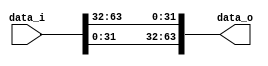
`timescale 1ns / 1ps
	 
// G Rotation | (R1, R2, R3, R4)
// constants  | (32, 24, 16, 63) 

module right_rot #(
	parameter ROT_I=32,
	parameter W=64
	)
	(
	input  [W-1:0] data_i,
	output [W-1:0] data_o
	);
	assign data_o[W-1:0] = { data_i[ROT_I-1:0], data_i[W-1:ROT_I]};
endmodule

module addder_3way #(
	parameter W=64
	)
	(
	input [W-1:0] x0_i,
	input [W-1:0] x1_i,
	input [W-1:0] x2_i,
	
	output [W-1:0] y_o
	);
	wire         carry;
	wire         unused_carry;
	wire [W-1:0] tmp;
	
	assign { carry , tmp } = x0_i + x1_i;
	assign { unused_carry, y_o } = x2_i + { carry , tmp };
endmodule


// Main blake2 module
// default parameter configuration is for blake2b
module blake2 #(	
	parameter NN     = 64, // output hash size in bytes, hash-512 : 64, hash-256 : 32 
	parameter NN_b   = 8'b0100_0000, // hash size in binary, hash-512 : 8'b0100_0000, hash-256 : 8'b0010_0000
	parameter NN_b_l = 8, // NN_b bit length
	parameter W      = 64, 
	parameter LL_b   = { {(W*2)-8{1'b0}}, 8'b10000000},
	parameter F_b    = 1'b1, // final block flag
	parameter R1     = 32, // rotation bits, used in G
	parameter R2     = 24,
	parameter R3     = 16,
	parameter R4     = 63,
	parameter R      = 4'd12 // 4'b1100 number of rounds in v srambling
	)
	(
	input               clk,
	input               nreset,
	
	input               valid_i,	
	input [(W*16)-1:0]  d_i,
	
	output              valid_o,
	output [(W*8) -1:0] h_o
	);
	 
	reg  [3:0] fsm_q;
	wire [3:0] fsm_next;
	wire       fsm_en;
	wire       v_en;
	wire       final_round;
	
	wire [W-1:0] db_h[7:0];

	wire [W-1:0] v_init[15:0];
	wire [W-1:0] v_init_2[15:0];
	wire [W-1:0] v_next[15:0];
	wire [W-1:0] v_current[15:0];
	reg  [W-1:0] v_q[15:0];
	wire [W-1:0] v_p0[15:0]; // part 0
	wire [W-1:0] v_p1[15:0]; // part 1
	wire [W-1:0] v_p2[15:0]; // part 2
	wire [W-1:0] v_p3[15:0]; // part 3
	wire [1:0]   unused_v_add_carry_p0[15:0]; // part 0
	wire [1:0]   unused_v_add_carry_p1[15:0]; // part 1
	wire [1:0]   unused_v_add_carry_p2[15:0]; // part 2
	wire [1:0]   unused_v_add_carry_p3[15:0]; // part 3
	
	reg  [W-1:0] m_q[15:0]; // stay the same for the entire periode 
	wire [W-1:0] m_current[15:0];
	wire [W-1:0] m_prime[15:0]; // m[s[i]]
		 
	wire [W-1:0] IV[0:7];
	wire [W-1:0] h_init[0:7];
	wire [63:0]  SIGMA[9:0];
	wire [3:0]   sigma_sel;
	wire [63:0]  sigma_row; // currently selected sigma row
	wire [3:0]   sigma_row_elems[15:0]; // currently selected sigma row
	
	assign SIGMA[0] = { 4'd15 , 4'd14, 4'd13, 4'd12, 4'd11, 4'd10, 4'd9,  4'd8,  4'd7,  4'd6,  4'd5,   4'd4,   4'd3,  4'd2,  4'd1,  4'd0 };
	assign SIGMA[1] = { 4'd3  , 4'd5,  4'd7,  4'd11, 4'd2,  4'd0,  4'd12, 4'd1,  4'd6,  4'd13, 4'd15,  4'd9,   4'd8,  4'd4,  4'd10, 4'd14};
	assign SIGMA[2] = { 4'd4  , 4'd9,  4'd1,  4'd7,  4'd6,  4'd3,  4'd14, 4'd10, 4'd13, 4'd15, 4'd2,   4'd5,   4'd0,  4'd12, 4'd8,  4'd11};
	assign SIGMA[3] = { 4'd8  , 4'd15, 4'd0,  4'd4,  4'd10, 4'd5,  4'd6,  4'd2,  4'd14, 4'd11, 4'd12,  4'd13,  4'd1,  4'd3,  4'd9,  4'd7 };
	assign SIGMA[4] = { 4'd13 , 4'd3,  4'd8,  4'd6,  4'd12, 4'd11, 4'd1,  4'd14, 4'd15, 4'd10, 4'd4,   4'd2,   4'd7,  4'd5,  4'd0,  4'd9 };
	assign SIGMA[5] = { 4'd9  , 4'd1,  4'd14, 4'd15, 4'd5,  4'd7,  4'd13, 4'd4,  4'd3,  4'd8,  4'd11,  4'd0,   4'd10, 4'd6,  4'd12, 4'd2 };
	assign SIGMA[6] = { 4'd11 , 4'd8,  4'd2,  4'd9,  4'd3,  4'd6,  4'd7,  4'd0,  4'd10, 4'd4,  4'd13,  4'd14,  4'd15, 4'd1,  4'd5,  4'd12};
	assign SIGMA[7] = { 4'd10 , 4'd2,  4'd6,  4'd8,  4'd4,  4'd15, 4'd0,  4'd5,  4'd9,  4'd3,  4'd1,   4'd12,  4'd14, 4'd7,  4'd11, 4'd13};
	assign SIGMA[8] = { 4'd5  , 4'd10, 4'd4,  4'd1,  4'd7,  4'd13, 4'd2,  4'd12, 4'd8,  4'd0,  4'd3,   4'd11,  4'd9,  4'd14, 4'd15, 4'd6 };
	assign SIGMA[9] = { 4'd0  , 4'd13, 4'd12, 4'd3,  4'd14, 4'd9,  4'd11, 4'd15, 4'd5,  4'd1,  4'd6,   4'd7,   4'd4,  4'd8,  4'd2,  4'd10};
	       				 
	assign IV[0] = 64'h6A09E667F3BCC908;
	assign IV[1] = 64'hBB67AE8584CAA73B;
	assign IV[2] = 64'h3C6EF372FE94F82B;
	assign IV[3] = 64'hA54FF53A5F1D36F1;
	assign IV[4] = 64'h510E527FADE682D1;
	assign IV[5] = 64'h9B05688C2B3E6C1F;
	assign IV[6] = 64'h1F83D9ABFB41BD6B;
	assign IV[7] = 64'h5BE0CD19137E2179;
	
	// Initialize h init
	genvar h_idx;
	generate
	       	// h[1..7] := IV[1..7] // Initialization Vector.
	        for(h_idx=1; h_idx<8; h_idx=h_idx+1) begin : loop_h_init
	       		assign h_init[h_idx] = IV[h_idx];
	       end
	endgenerate
	// Parameter block p[0]
	// h[0] := h[0] ^ 0x01010000 ^ (kk << 8) ^ nn
	assign h_init[0] = IV[0] ^ {{W-32{1'b0}},32'h01010000} ^ {{W-NN_b_l{1'b0}} , NN_b};
	
	
	// Initialize local work vector v[0..15]
	// v[0..7]  := h[0..7]              // First half from state.
	// v[8..15] := IV[0..7]            // Second half from IV.
	genvar v_init_i;
	generate
		for(v_init_i=0;v_init_i<8;v_init_i=v_init_i+1) begin : loop_v_init
			 assign v_init[v_init_i]   = h_init[v_init_i];
			 assign v_init[v_init_i+8] = IV[v_init_i];
			 assign db_h[v_init_i]     = h_init[v_init_i];
		end
	 endgenerate
//       |   v[12] := v[12] ^ (t mod 2**w)   // Low word of the offset.
//       |   v[13] := v[13] ^ (t >> w)       // High word.
//       |   IF f = TRUE THEN                // last block flag?
//       |   |   v[14] := v[14] ^ 0xFF..FF   // Invert all bits.
//       |   END IF.
	assign v_init_2[15] = v_init[15];
//	assign v_init_2[14] = v_init[14] ^ {W{F_b}};
	assign v_init_2[14] = v_init[14] ^ {W{1'b1}};
	assign v_init_2[13] = v_init[13] ^ LL_b[2*W-1:W];// High word of the offset
	assign v_init_2[12] = v_init[12] ^ LL_b[W-1:0]; // Low word of the offset
	genvar v_init_2_i;
	generate
		for(v_init_2_i=0;v_init_2_i<12; v_init_2_i=v_init_2_i+1) begin : loop_v_init_2_i
			assign v_init_2[v_init_2_i] = v_init[v_init_2_i];
		end
	endgenerate
	

        // do 12 rounds
	genvar v_idx;
	generate
		for(v_idx = 0; v_idx<16; v_idx=v_idx+1 ) begin : loop_v_idx
			assign v_current[v_idx] = valid_i ? v_init_2[v_idx] : v_q[v_idx];
				
			assign v_next[v_idx] = v_p3[v_idx];
			always @(posedge clk) 
			begin
				if ( v_en )
					v_q[v_idx] <= v_next[v_idx];
			end
		end
	endgenerate
	// TODO : modify list block flag
	//
	// modulo can only be done with a power of 2 on the right hand side
	// 10 : 01010, 11 : 01011, 12 : 01100
	//      00000,      00001       00010
	wire fsm_ge10;
	wire fsm_eq12;
	assign fsm_ge10 = fsm_q[3] & fsm_q[1];
	assign fsm_eq12 = fsm_q[3] & fsm_q[2];
	assign sigma_sel = fsm_ge10 ? { 3'b0 , fsm_q[0] }
						  : fsm_eq12 ? 4'b0010 : fsm_q;

	// select current sigma row
	// from rfc : "For BLAKE2b, the two extra permutations for rounds 
	// 10 and 11 are SIGMA[10..11] = SIGMA[0..1]" 
	assign sigma_row  = {64{ sigma_sel == 4'd0 }} & SIGMA[0]
			  | {64{ sigma_sel == 4'd1 }} & SIGMA[1]
			  | {64{ sigma_sel == 4'd2 }} & SIGMA[2]
			  | {64{ sigma_sel == 4'd3 }} & SIGMA[3]
			  | {64{ sigma_sel == 4'd4 }} & SIGMA[4]
			  | {64{ sigma_sel == 4'd5 }} & SIGMA[5]
			  | {64{ sigma_sel == 4'd6 }} & SIGMA[6]
			  | {64{ sigma_sel == 4'd7 }} & SIGMA[7]
			  | {64{ sigma_sel == 4'd8 }} & SIGMA[8]
			  | {64{ sigma_sel == 4'd9 }} & SIGMA[9];
	genvar j;
	generate
		for( j = 0; j < 16; j=j+1 ) begin : loop_sigma_elem
			assign sigma_row_elems[j] = sigma_row[j*4+3:j*4];
		end
	endgenerate
	
	genvar m_q_i;
	generate
		for(m_q_i=0; m_q_i<16; m_q_i=m_q_i+1 ) begin : loop_m_q_i
			// ff
			always @(posedge clk)
			begin
				if (valid_i)
					m_q[m_q_i] <= m_current[m_q_i];
			end
			// m_current ( stand in for next )
			assign m_current[m_q_i] = valid_i ? d_i[(W*m_q_i)+(W-1): W*m_q_i ] : m_q[m_q_i];
		end
	endgenerate
		
	// selecting m prime, re-ordered and indexed into by sigma_row_elems
	// this is the where this get's expensive in hw
	//
	// m_prime[i] = m[s[i]]
	genvar i;
	generate
		for ( i = 0; i < 16; i=i+1 ) begin : loop_m_prime_elem
			assign m_prime[i] = {64{ sigma_row_elems[i] == 4'd0  }} & m_current[0]
					  | {64{ sigma_row_elems[i] == 4'd1  }} & m_current[1]
					  | {64{ sigma_row_elems[i] == 4'd2  }} & m_current[2]
					  | {64{ sigma_row_elems[i] == 4'd3  }} & m_current[3]
					  | {64{ sigma_row_elems[i] == 4'd4  }} & m_current[4]
					  | {64{ sigma_row_elems[i] == 4'd5  }} & m_current[5]
					  | {64{ sigma_row_elems[i] == 4'd6  }} & m_current[6]
					  | {64{ sigma_row_elems[i] == 4'd7  }} & m_current[7]
					  | {64{ sigma_row_elems[i] == 4'd8  }} & m_current[8]
					  | {64{ sigma_row_elems[i] == 4'd9  }} & m_current[9]
					  | {64{ sigma_row_elems[i] == 4'd10 }} & m_current[10]
					  | {64{ sigma_row_elems[i] == 4'd11 }} & m_current[11]
					  | {64{ sigma_row_elems[i] == 4'd12 }} & m_current[12]
					  | {64{ sigma_row_elems[i] == 4'd13 }} & m_current[13]
					  | {64{ sigma_row_elems[i] == 4'd14 }} & m_current[14]
					  | {64{ sigma_row_elems[i] == 4'd15 }} & m_current[15]
					  ;
		end
	endgenerate
//      |   // Cryptographic mixing
//      |   FOR i = 0 TO r - 1 DO           // Ten or twelve rounds.
//      |   |
//      |   |   // Message word selection permutation for this round.
//      |   |   s[0..15] := SIGMA[i mod 10][0..15]
//      |   |
//      |   |   v := G( v, 0, 4,  8, 12, m[s[ 0]], m[s[ 1]] )
//      |   |   v := G( v, 1, 5,  9, 13, m[s[ 2]], m[s[ 3]] )
//      |   |   v := G( v, 2, 6, 10, 14, m[s[ 4]], m[s[ 5]] )
//      |   |   v := G( v, 3, 7, 11, 15, m[s[ 6]], m[s[ 7]] )
//      |   |
//      |   |   v := G( v, 0, 5, 10, 15, m[s[ 8]], m[s[ 9]] )
//      |   |   v := G( v, 1, 6, 11, 12, m[s[10]], m[s[11]] )
//      |   |   v := G( v, 2, 7,  8, 13, m[s[12]], m[s[13]] )
//      |   |   v := G( v, 3, 4,  9, 14, m[s[14]], m[s[15]] )
//      |   |
//      |   END FOR
// 
//     	FUNCTION G( v[0..15], a, b, c, d, x, y )
//      |
//      |   v[a] := (v[a] + v[b] + x) mod 2**w
//      |   v[d] := (v[d] ^ v[a]) >>> R1
//      |   v[c] := (v[c] + v[d])     mod 2**w
//      |   v[b] := (v[b] ^ v[c]) >>> R2
//      |   v[a] := (v[a] + v[b] + y) mod 2**w
//      |   v[d] := (v[d] ^ v[a]) >>> R3
//      |   v[c] := (v[c] + v[d])     mod 2**w
//      |   v[b] := (v[b] ^ v[c]) >>> R4
//      |
//      |   RETURN v[0..15]
//      |
//      END FUNCTION.

	genvar p0_idx;
// There is a constant gap between the values of a, b, c and d : 
//
//                   G( v, a, b,  c,  d,    x,     y)         p0_idx
//      |   |   v := G( v, 0, 4,  8, 12, m[s[ 0]], m[s[ 1]] ) 0
//      |   |   v := G( v, 1, 5,  9, 13, m[s[ 2]], m[s[ 3]] ) 1
//      |   |   v := G( v, 2, 6, 10, 14, m[s[ 4]], m[s[ 5]] ) 2
//      |   |   v := G( v, 3, 7, 11, 15, m[s[ 6]], m[s[ 7]] ) 3
	generate 
		for(p0_idx=0; p0_idx<4; p0_idx=p0_idx+1 ) begin : loop_g_v_part0
			localparam a = p0_idx;
			localparam b = p0_idx + 4;
			localparam c = p0_idx + 8;
			localparam d = p0_idx + 12;
			localparam x = p0_idx*2;
			localparam y = p0_idx*2+1;
			// Part 0
			// v[a] := (v[a] + v[b] + x) mod 2**w
			assign { unused_v_add_carry_p0[a], v_p0[a] }= v_current[a] + v_current[b] + m_prime[x];
			// v[d] := (v[d] ^ v[a]) >>> R1
			right_rot #(R1 , W) rot_p0_r1
			(
				.data_i((v_current[d] ^ v_p0[a])),
				.data_o(v_p0[d])
			);
			// v[c] := (v[c] + v[d])     mod 2**w
			assign { unused_v_add_carry_p0[c] , v_p0[c] } = v_current[c] + v_p0[d];
			// v[b] := (v[b] ^ v[c]) >>> R2
			right_rot #( R2, W) rot_p0_r2
			(
				.data_i((v_current[b] ^ v_p0[c])),
				.data_o(v_p0[b])
			);
			// Part 1
			// v[a] := (v[a] + v[b] + y) mod 2**w
			addder_3way add3_p0_2(
				.x0_i(v_p0[a]),
				.x1_i(v_p0[b]),
				.x2_i(m_prime[y]),
				.y_o(v_p1[a])
			);
	
			// v[d] := (v[d] ^ v[a]) >>> R3
			right_rot #(R3, W ) rot_p1_r3
			(
				.data_i((v_p0[d] ^ v_p1[a])),
				.data_o(v_p1[d])
			);
			// v[c] := (v[c] + v[d])     mod 2**w
			assign { unused_v_add_carry_p1[c], v_p1[c] } = v_p0[c] + v_p1[d];
			// v[b] := (v[b] ^ v[c]) >>> R4
			right_rot #( R4, W ) rot_p1_r4
			(
				.data_i((v_p0[b] ^ v_p1[c])),
				.data_o(v_p1[b])
			);
		end
	endgenerate
	genvar p2_idx;
	//          v, a, b, c,   d,     x   , y  
	//  v := G( v, 0, 5, 10, 15, m[s[ 8]], m[s[ 9]] )
	//  v := G( v, 1, 6, 11, 12, m[s[10]], m[s[11]] )
	//  v := G( v, 2, 7,  8, 13, m[s[12]], m[s[13]] )
	//  v := G( v, 3, 4,  9, 14, m[s[14]], m[s[15]] )
	generate 
		for(p2_idx=0; p2_idx<4; p2_idx=p2_idx+1) begin : loop_g_v_part2
			localparam a = p2_idx;
			localparam b = 4  + ((p2_idx + 1) % 4);//  5   6,  7,  4
			localparam c = 8  + ((p2_idx + 2) % 4);// 10, 11,  8,  9
			localparam d = 12 + ((p2_idx + 3) % 4);// 15, 12, 13, 14
			localparam x = (p2_idx*2) + 8; // 8, 10, 12, 14
			localparam y = (p2_idx*2) + 9; // 9, 11, 13, 15
			// Part 2
			// v[a] := (v[a] + v[b] + x) mod 2**w
			assign { unused_v_add_carry_p2[a], v_p2[a] } = v_p1[a] + v_p1[b] + m_prime[x];
			// v[d] := (v[d] ^ v[a]) >>> R1
			right_rot #(R1 , W) rot_p2_r1
			(
				.data_i((v_p1[d] ^ v_p2[a])),
				.data_o(v_p2[d])
			);
			// v[c] := (v[c] + v[d])     mod 2**w
			assign { unused_v_add_carry_p2[c], v_p2[c] } = v_p1[c] + v_p2[d];
			// v[b] := (v[b] ^ v[c]) >>> R2
			right_rot #( R2, W) rot_p2_r2
			(
				.data_i((v_p1[b] ^ v_p2[c])),
				.data_o(v_p2[b])
			);
			// Part 3
			// v[a] := (v[a] + v[b] + y) mod 2**w
			assign { unused_v_add_carry_p3[a], v_p3[a] } = v_p2[a] + v_p2[b] + m_prime[y];
			// v[d] := (v[d] ^ v[a]) >>> R3
			right_rot #(R3, W ) rot_p3_r3
			(
				.data_i((v_p2[d] ^ v_p3[a])),
				.data_o(v_p3[d])
			);
			// v[c] := (v[c] + v[d])     mod 2**w
			assign { unused_v_add_carry_p3[c], v_p3[c] } = v_p2[c] + v_p3[d];
			// v[b] := (v[b] ^ v[c]) >>> R4
			right_rot #( R4, W ) rot_p3_r4
			(
				.data_i((v_p2[b] ^ v_p3[c])),
				.data_o(v_p3[b])
			);
		end
	endgenerate
	
//      |   FOR i = 0 TO 7 DO               // XOR the two halves.
//      |   |   h[i] := h[i] ^ v[i] ^ v[i + 8]
//      |   END FOR.
//      |
//      |   RETURN h[0..7]                  // New state.

	// calculate output h_o value
	generate
		for(h_idx=0; h_idx<8; h_idx=h_idx+1 ) begin : loop_h_o
			assign h_o[(h_idx+1)*W-1:h_idx*W] = h_init[h_idx] ^ v_current[h_idx] ^ v_current[h_idx+8];
		end
	endgenerate
	
	// FSM : count to 12 
	// 0 1 2 3 4 5 6 7 8 9 10 11 12
	// v v v v v v v v v v v  v  h
	//                           fr
	always @(posedge clk)
	begin
		if(~nreset) begin
			fsm_q <= 4'b0000;
		end
		else if(fsm_en) begin
			fsm_q <= fsm_next;
		end
	end
	assign fsm_en   = valid_i | |(fsm_q); 
	assign fsm_next = final_round ? 4'b0000 : fsm_q + 4'b0001;
	// output is enabled ( valid )
	assign v_en = fsm_en & ~final_round;
	assign final_round = ( fsm_q == R );
	assign valid_o     = final_round;
endmodule